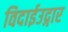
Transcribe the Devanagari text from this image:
विदाईउद्गार